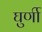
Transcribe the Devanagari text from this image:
घुर्णी